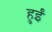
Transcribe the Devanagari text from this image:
हुर्इं